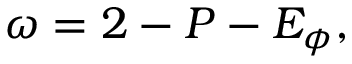
\omega = 2 - P - E _ { \phi } ,